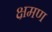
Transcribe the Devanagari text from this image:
क्षमण